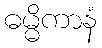
ဓမ္မိကာနံ